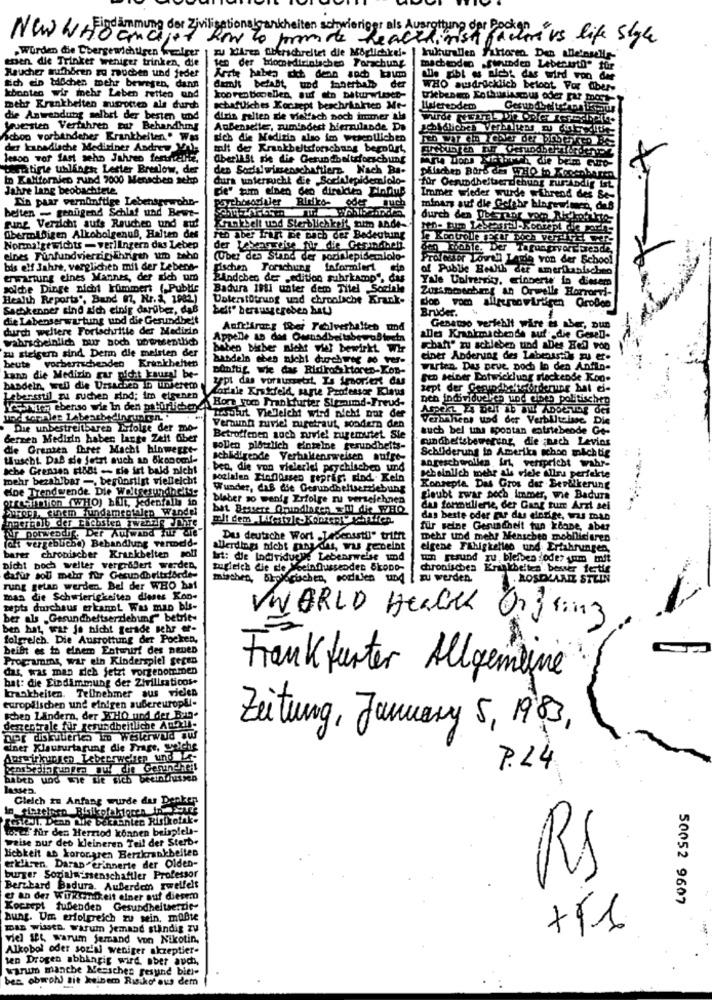
New WrEindämmung der Ziv
how to promote healthirish factors vs life style
Wurden die Chergewichtigen Gulirer
zu Xfiren überschreitet die Moglichkel-
enen. die Trinker weniger trinken, die
ten der biomedicinischen Forschung
machenden .swunden Lebensstil" für
Raucher muthbren zu rauchen und jeder
alle gibt es aicht das wird von der
sich ein bißchen mehr bewegen, dann
damit betalt, und innerhalb der
WHO ausdrücklich betont For über-
konnten wir mehr Leben retten und
koo ren bopellen, auf ein baturwleset-
triebenem Enthusiasmus oder Far most-
mehr Krankheiten tuootten als durch
schaftliches Konzept beschränkten Me-
Ifereodem
die Anwendung selbst der besten und
dizin gelten die vielfach Doch immer als
Jeuesten Verfahren tur Behandhing
AuBenselle, zumindest hierzulande Do
Jeoldliches Vermiss . detde
habon verbandener Krankheiten .. Was
sich die Medizin also im wescotlichen
der kanadische Medisiner Andrew Mais
mit der Krankheitsforschung beenürt,
lesoo Tor fast seho Jahreo fertfretite.
aber14St sie die Gesundbeltsforschung
temitige ublines Letter Brenlow, der
den Sosialwissenschaftlerz. Nach Ba-
In Kalifornien rund 7000 Menschen sehp
dura untersucht die Socialepidemiolo-
für Gesundheitserd chung zur Abdig Ist
Jahre lang beobachtete
De" tum einen den direkten EinfuB
Ein paar vernünftige Lebensgewohn-
Immer wieder wurde während des Be-
belten - genligend Schlaf und Bewt-
Risiko- oder auch
minars auf die Gefahr bingewimen, des
durch den Diben
sung Verzicht aufs Rauchen und auf
ArınEbelt und Sterblichkeit tum ande-
ten- tum Lestessel -Konzept die por
übermäßigen Alkoholgenuß, Halten des
Fto aber frist De bach der Bedeutung
le Kontrolle EfLY Doch VerFTE
Normalgewichts - werl Ingern das Leben
der Lebensweise für die Gesundheit
elnes Fünfundvierzigshingth um teho
(Uber des Stand der poziNlepidemiolo-
Professor Loven Lande von der School
bis elf Jahre, verglichen mit der Lebens-
Fischen
Forschung Informiert Cip
of Public Health der amerikanischeo
erwartung eines Mannes, der sich um
Plndchen der „edition suhrkamp", das
Yale University, winneris in diesem
solche Dinge nicht kümmert ( Public
Badura 1911 unter dem Titel Sociale
Zussmoschang An Orwells Horrorvi-
Health Reports', Band 07, Nr. 1, 1982.)
Unterstützung und chroolache
dop vom allgegenwärtigen GroBee
Sachkenner sind sich einig darüber, daß
belt" herausgegeben hat)
Bruder.
die Lebenserwartung und die Gesundheit
durch weitere Fortschritte der Medizin
Aufblirucz ther Fehlverhalten und
Genauso verfehlt wire es aber, pun
wahrscheinlich Bur noch Dowesentlich
alles Krankmachende auf die GeseD-
zu steigern sind. Derm die meisten der
beben biber nicht wwf bewirkt Wir
schaft" zu schleben und aDes Eel voo
kunden eben nicht durchweg no res-
einer Anderung des Labeansits zu er-
beute vorherrschenden Krankheiten
Dinftig wie das Ridikos ktoren-Kon-
warten. Das Drue, Doch In den Anfin-
kann die Medizin gar nicht kausal be-
zept das voraussetzt. Is Imorient das
gen selber Dotwicklung Flockende Kon.
handeln, well die Ursachen In unserem
Carlale Erstefeld, sagte Professor Klaus
sept der Gesundheit stordering hat ef-
Leberssul zu suchen sind; im eigenen
YETten ebenso wie In den ptürlichen Bore tum Frankfurter Siround-Freud-
Den individuales und dines politischen
Todiut Vieleicht wird nicht nur der
Terminens und der Verblitelane
Die unbestreitbaren Difolge der mo
Veraunt zuviel muigetraut, sondern den
auch bel uns spontan entstehende Ce-
Berzen Medizin haber lange Zeit über
Betroffenen auch nurviel zugemutet Sie
cundbeltsbewereng, die ;nach Levins
die Grenzen Darer Macht hinwegte-
sollen plotzlich einzelne gesundheits-
Schilderung in Amerika schon michtig
tuscht. Das sie jetzt auch an Økonomi-
schlidigende Verhaltensweisen aufge-
sche Grensen todt - sie irt bald nicht
ben, die von vielerlei psychischeo und
an geschorollen . int, verspricht wahr-
--
mehr bezahlbar -, begünstigt vielleicht
poslalen Einflüssen geprägt diod. Keln
scheinlich mehr als viele Allra perfekte
eine Trendwende Die Woltsesundheds
Wunder, daß die Gesundheitsersiebung
Konzepte, Das Gros der Beviilkerung
arresmilion (WHO) halt, Jedenfalls in
blaber so wenig Erfolge zu verzeichnen
glaubt zwar noch Immer, wie Badura
Parory, einem fundamentalen Wandel
bat Bessere Grundlagen will die WHQ
das formulierie, der Gang zum Arzt sei
das beste oder zur das einzige, was man
for porwendig, Der Aufwand Tur ale"
für seine Gesundheit tun zione, aber
Dus deutsche Wort Jesensstil" trifft
mehr und mehr Menschen mobilisieren
fak vergeblicha) Behandlung vermeld-
allerdings nicht panychs, was gebeint
elgene Fähigkeiten und. Erfahrungen,
barer chronischer Krankbelten soll
Irt: die Individuele Lebensweise und
tum resund zu bleiben oder som mit
Dicht boch welter vergrößert werden.
zugleich die de >einflussendes Skopo-
chronischen Krankheiten besser fertig
dafür sou mehr für Gesundheitribede-
mischen, biologischen, coditien und
zu werden
.ROSEKANZ STEIN
rung getan werden. Bel der WHO hat
man die Schwierigkeiten dieses Kon-
tepts durchaus erkannt Was man bis-
ber als „Gesundheitserziehung betrit-
WORLD HENGER Q23 ling
ben hat, war je nicht gerade schr er-
folgreich. Die Ausrottung der Pocken.
beist es to elnem Entwurf des neuen
Programms, war ein Kinderspiel gegen
das, was man sich jetzt vorgenommen
hat: die Eindämmung der Zivilisations-
Frankfurter Allgemeine
krankheiten. Teilnehmer aus vielen
europäischen und einigen aubereuropll-
schen Ländern, der WHO und der Byn.
derzentrale für gesundheitliche Anous-
Zeitung, January 5, 1983,
Der diskuterics im Westerwald aw
cher Klausurtagung die Frage, welche
Auswirkungen Lebeerwelen und -
msbedingungen awy che Gesundheit
P.L4
babto und wie Die sich beeinflussen
lasse:
Gleich In Anfang wurde dus Denizen
TETNI. Denn Lie ber ahlen Risikofak-
hed' für den Herriod können beispiels-
waise nur det kleineren Teil der Sterb.
Lichkeit as kororgren Berzkrankbeiten
erkliten. Daran erinnerte der Olden-
burger Sozialwissenschaftler Professor
RS
Bernhard Badura. AuBerdet zweifelt
@ an der Wirksamkeit einer auf diesem
50052 9607
Kocsept fußenden Gesundheitsertie-
Bung. Um erfolgreich zu sein, mußte
mDAS Wissen. warum jemand ständig zu
viel seL warum jemand von Nikotin,
Alkobol oder soz'al weniger akzeptiere
ten Drogen abbingig wird, aber auch,
warum manche Messches gesund bies-
ben. obwohl sit keinem Risiko' aus dem